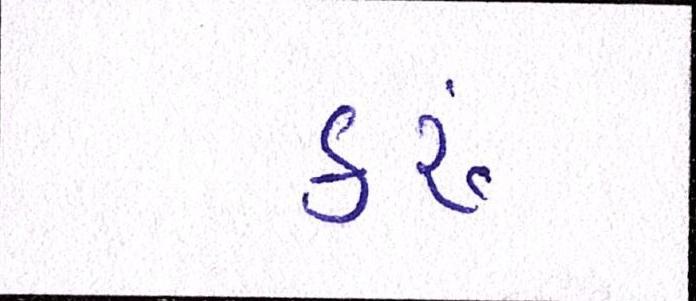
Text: કરૂં